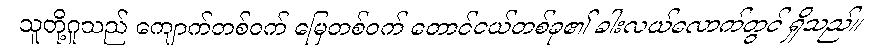
သူတို့ဂူသည် ကျောက်တစ်ဝက် မြေတစ်ဝက် တောင်ငယ်တစ်ခု၏ ခါးလယ်လောက်တွင် ရှိသည်။